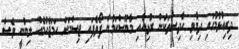
ދިރިއުޅުމުގައި ދިމާވި ހާދިސާތަކުން ރުޅިއާއި މާޔޫސްކަމުން ފޯވެފައި ޖިސްމަށް ހަމަޖެހުމެއް ލިބުނީ ވެސް